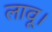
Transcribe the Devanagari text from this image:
लावू।